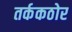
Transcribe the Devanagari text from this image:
तर्ककठोर